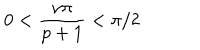
0 < \displaystyle \frac { \nu \pi } { p + 1 } < \pi / 2